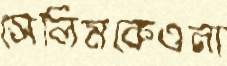
সেলিমকেওনা